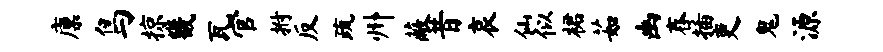
廪鸟掠畿瓦官拊反疏州蔽昔哀仙似裙茹幽舂插吏鬼源